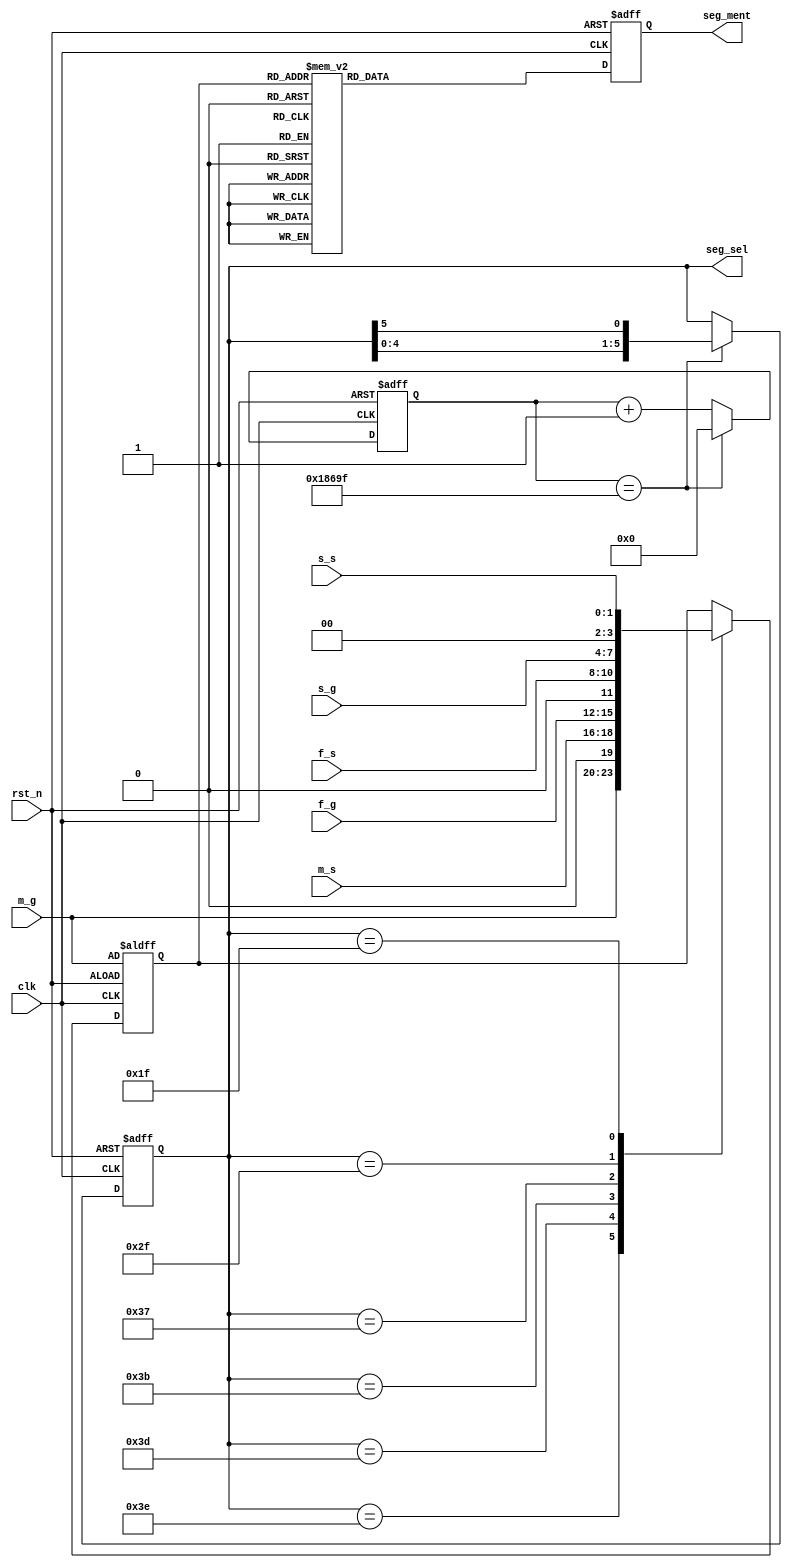
module shizhong1
#(
parameter      T2_ms=100_000//2ms
)
(
input    clk    ,
input    rst_n  ,

input wire [3:0] m_g ,   //小时个位数字
input wire [2:0] m_s ,   //小时十位数字
input wire [3:0] f_g ,   //分钟个位数字
input wire [2:0] f_s ,   //分钟十位数字
input wire [3:0] s_g ,   //秒个位数字
input wire [1:0] s_s ,   //秒十位数字
	   

output reg [5:0]    seg_sel,//位选
output reg [6:0]   seg_ment//段选
);
//中间信号定义
reg[3:0]        sel_data;//数码管显示 最大值9

//数码管扫描时间
reg[16:0]       t2ms;//2ms 最大值10_000


/********************************************
***************位移扫描**********************
********************************************/
//计2ms 每位数码管扫描时间
always @(posedge clk or negedge rst_n)begin
    if(!rst_n)begin
        t2ms <= 0;
    end
    else if(add_t2ms)begin
        if(end_t2ms)
            t2ms <= 0;
        else
            t2ms <= t2ms + 1;
    end
end

assign add_t2ms =1 ;
assign end_t2ms = add_t2ms && t2ms==T2_ms-1 ;

//每2ms 扫描下一个
always@(posedge clk or negedge rst_n)
	if(!rst_n)
       seg_sel<=8'b111_1110;
	else if( end_t2ms  )	begin
	seg_sel <= {seg_sel[4:0],seg_sel[5]};   end
	else	seg_sel <= seg_sel;  

/********************************************
*********************************************
********************************************/

//各个数码管对应的数字
always  @(posedge clk or negedge rst_n)begin
    if(rst_n==1'b0)begin
         sel_data<=m_g;//????
    end
    else begin
         case(seg_sel)
            6'b11_1110:sel_data<=m_g;//0
            6'b11_1101:sel_data<=m_s;//1
            6'b11_1011:sel_data<=f_g;//2
            6'b11_0111:sel_data<=f_s;//3
            6'b10_1111:sel_data<=s_g;//4
            6'b01_1111:sel_data<=s_s;//5
         endcase
    end  
end 

//数字的BCD译码
always  @(posedge clk or negedge rst_n)begin
    if(rst_n==1'b0)begin
         seg_ment<=7'h7f;//????
    end
    else begin
         case(sel_data)
            0:seg_ment<=7'h01;//0
            1:seg_ment<=7'h4f;//1
            2:seg_ment<=7'h12;//2
            3:seg_ment<=7'h06;//3
            4:seg_ment<=7'h4c;//4
            5:seg_ment<=7'h24;//5
            6:seg_ment<=7'h20;//6
            7:seg_ment<=7'h0f;//7
            8:seg_ment<=7'h00;//8
            9:seg_ment<=7'h04;//9
            default:seg_ment<=7'h7f;//????
         endcase
    end  
end 

endmodule